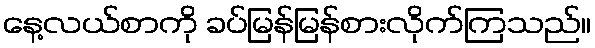
နေ့လယ်စာကို ခပ်မြန်မြန်စားလိုက်ကြသည်။